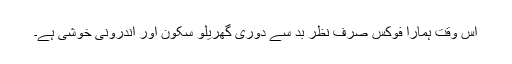
اس وقت ہمارا فوکس صرف نظر بد سے دوری گھریلو سکون اور اندرونی خوشی ہے۔